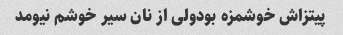
پیتزاش خوشمزه بودولی از نان سیر خوشم نیومد